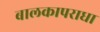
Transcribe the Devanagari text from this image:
बालकापराधा